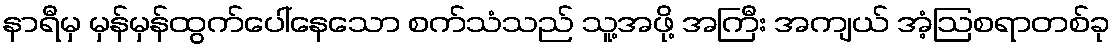
နာရီမှ မှန်မှန်ထွက်ပေါ်နေသော စက်သံသည် သူ့အဖို့ အကြီး အကျယ် အံ့ဩစရာတစ်ခု